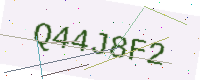
Text: Q44J8F2